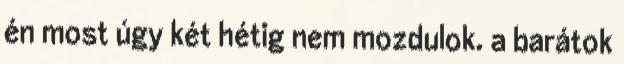
én most úgy két hétig nem mozdulok. a barátok